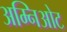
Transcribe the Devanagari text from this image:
अम्निओट